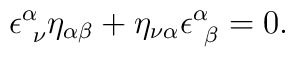
\epsilon^{\alpha}_{\ \nu}\eta_{\alpha\beta} +\eta_{\nu\alpha}\epsilon^{\alpha}_{\ \beta} = 0.